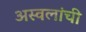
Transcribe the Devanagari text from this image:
अस्वलांची